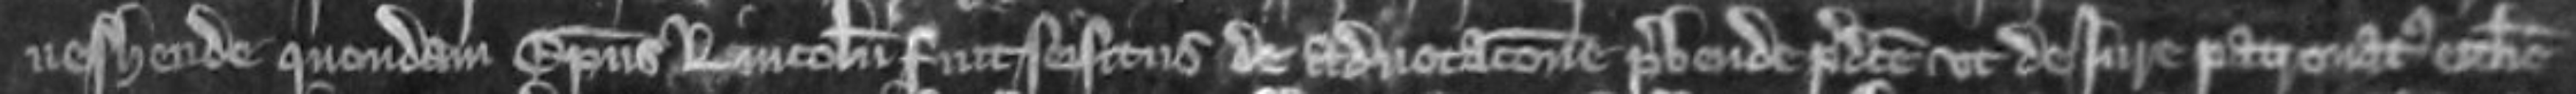
veshende quondam Episcopus Lincolniensis fuit seisitus de advocatione prebende predicte ut de jure patronatus ecclesie